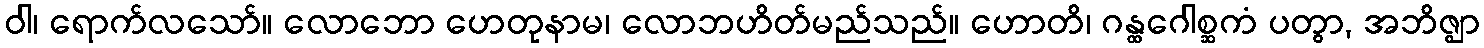
ဝါ၊ ရောက်လသော်။ လောဘော ဟေတုနာမ၊ လောဘဟိတ်မည်သည်။ ဟောတိ၊ ဂန္ထဂေါစ္ဆကံ ပတွာ, အဘိဇ္ဈာ